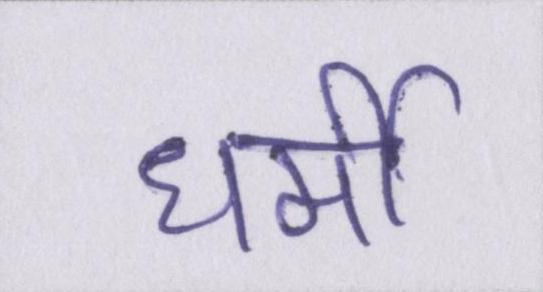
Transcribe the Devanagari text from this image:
धर्मी